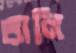
তালি